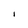
Character: I